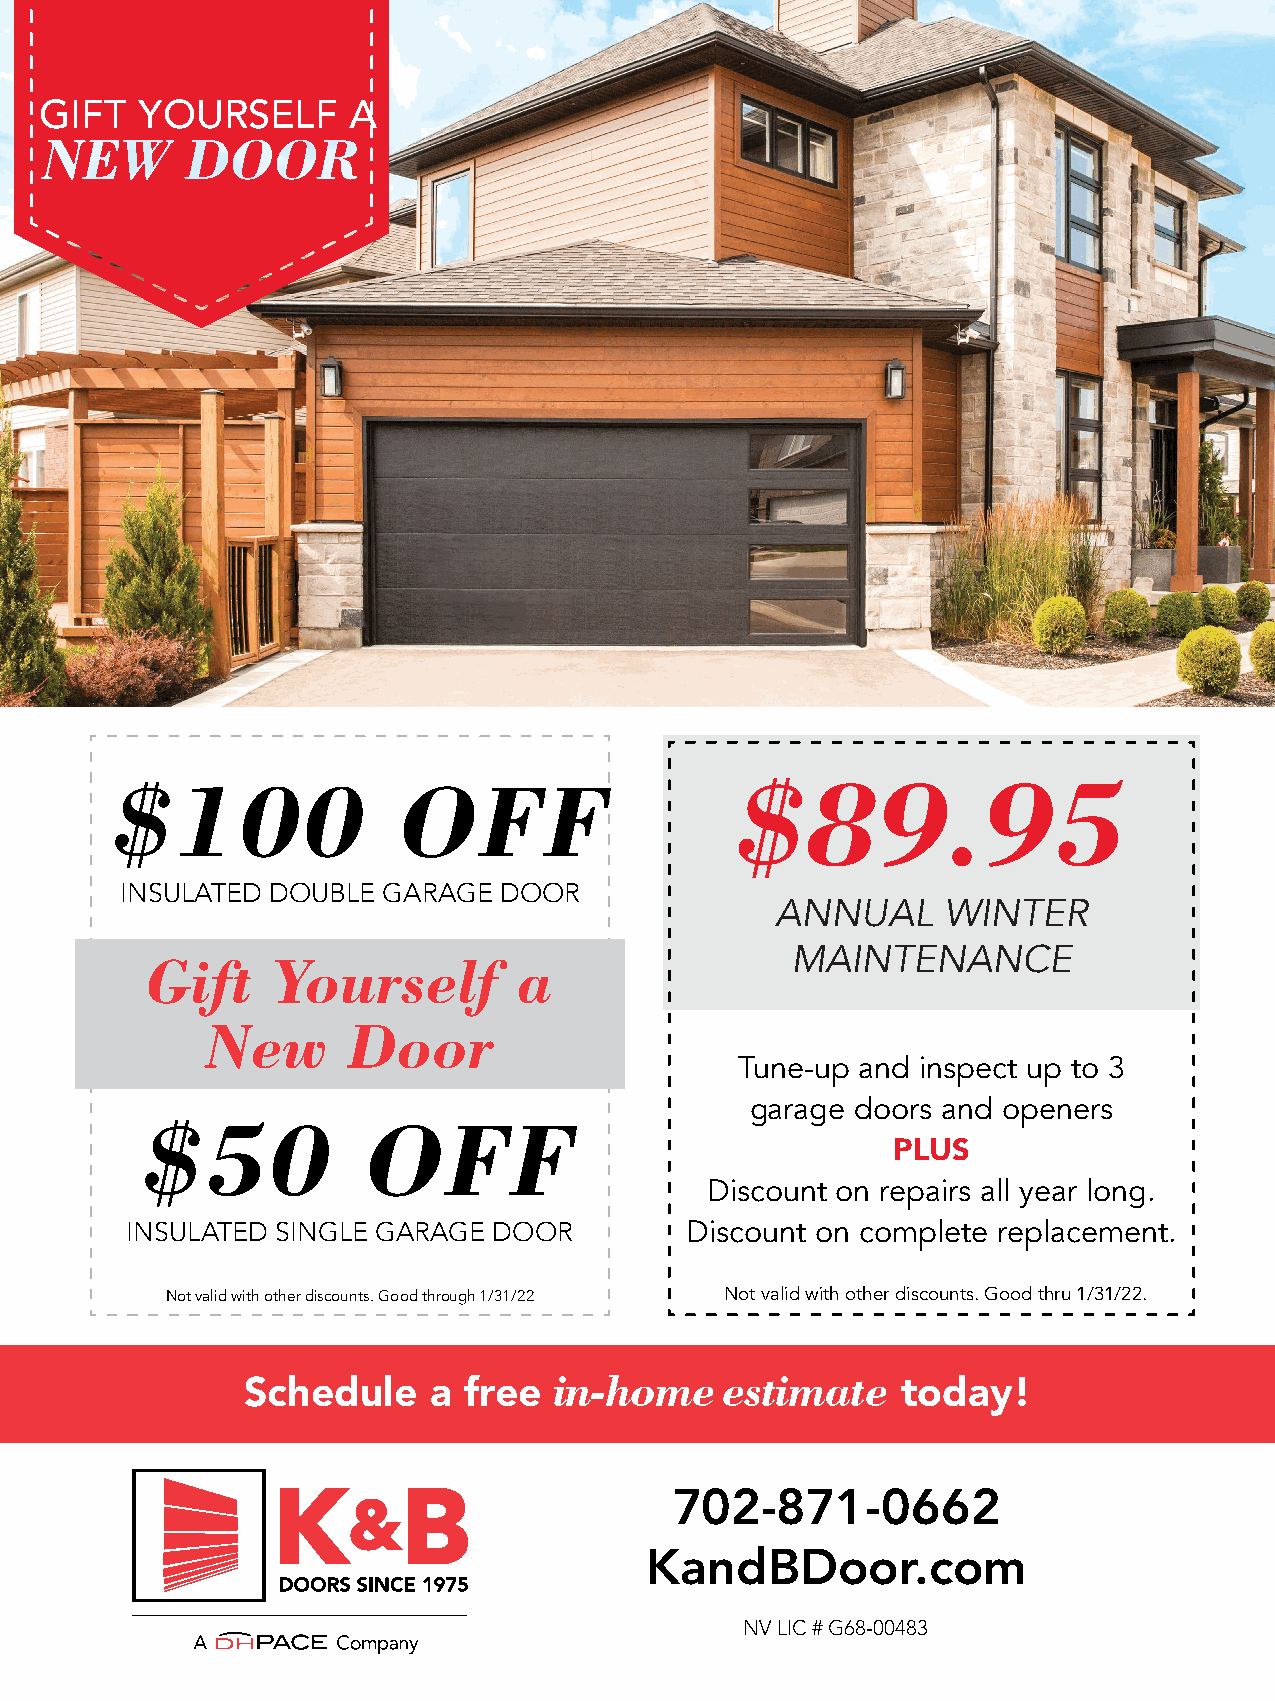
GIFT  YOURSELF      A
 $100               OFF                    $89.95
 INSULATED DOUBLE GARAGE  DOOR
 ANNUAL     WINTER
 MAINTENANCE
 Gift    Yourself        a
 New      Door
 Tune-up and inspect up to 3
 garage doors and openers
 $50            OFF
 PLUS
 Discount on repairs all year long.
 INSULATED SINGLE GARAGE  DOOR        Discount on complete replacement.
 Not valid with other discounts. Good through 1/31/22 Not valid with other discounts. Good thru 1/31/22.
 Schedule    a  free  in-home    estimate    today!
 702-871-0662
 KandBDoor.com
 NV LIC # G68-00483